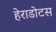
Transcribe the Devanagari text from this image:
हेराडोटस